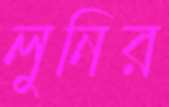
লুনির